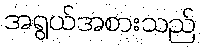
အရွယ်အစားသည်